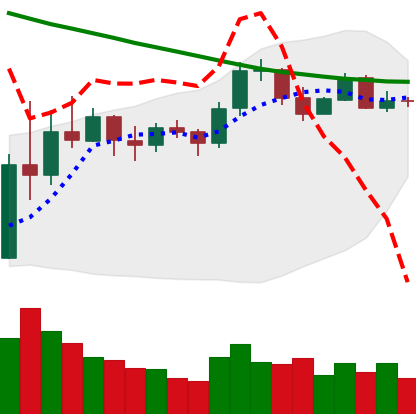
Ticker: EOS-USD
Chart end date: 2019-11-13
Forward return: -7.275%
Label: down_7plus